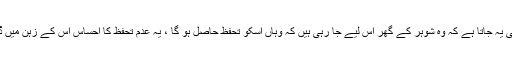
ان کو بتایا ہی یہ جاتا ہے کہ وہ شوہر کے گھر اس لیے جا رہی ہیں کہ وہاں اسکو تحفظ حاصل ہو گا ، یہ عدم تحفظ کا احساس اس کے زہن میں ڈالا جاتا ہے۔